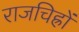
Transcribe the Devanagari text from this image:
राजचिह्रों